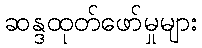
ဆန္ဒထုတ်ဖော်မှုများ